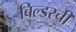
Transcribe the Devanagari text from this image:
बिल्डरची